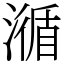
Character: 㵌